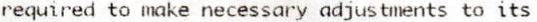
REQUIRED TO MAKE NECESSARY ADJUSTMENTS TO ITS